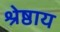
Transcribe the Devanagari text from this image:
श्रेष्ठाय